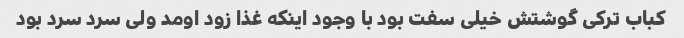
کباب ترکی گوشتش خیلی سفت بود با وجود اینکه غذا زود اومد ولی سرد سرد بود